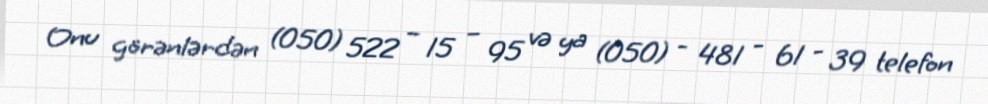
Onu görənlərdən (050) 522 – 15 – 95 və ya (050) - 481 - 61 - 39 telefon